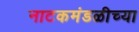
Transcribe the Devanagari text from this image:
नाटकमंडळीच्या